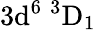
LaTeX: \mathrm{3d^{6}\ ^{3}D_{1}}